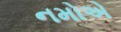
નમોએ